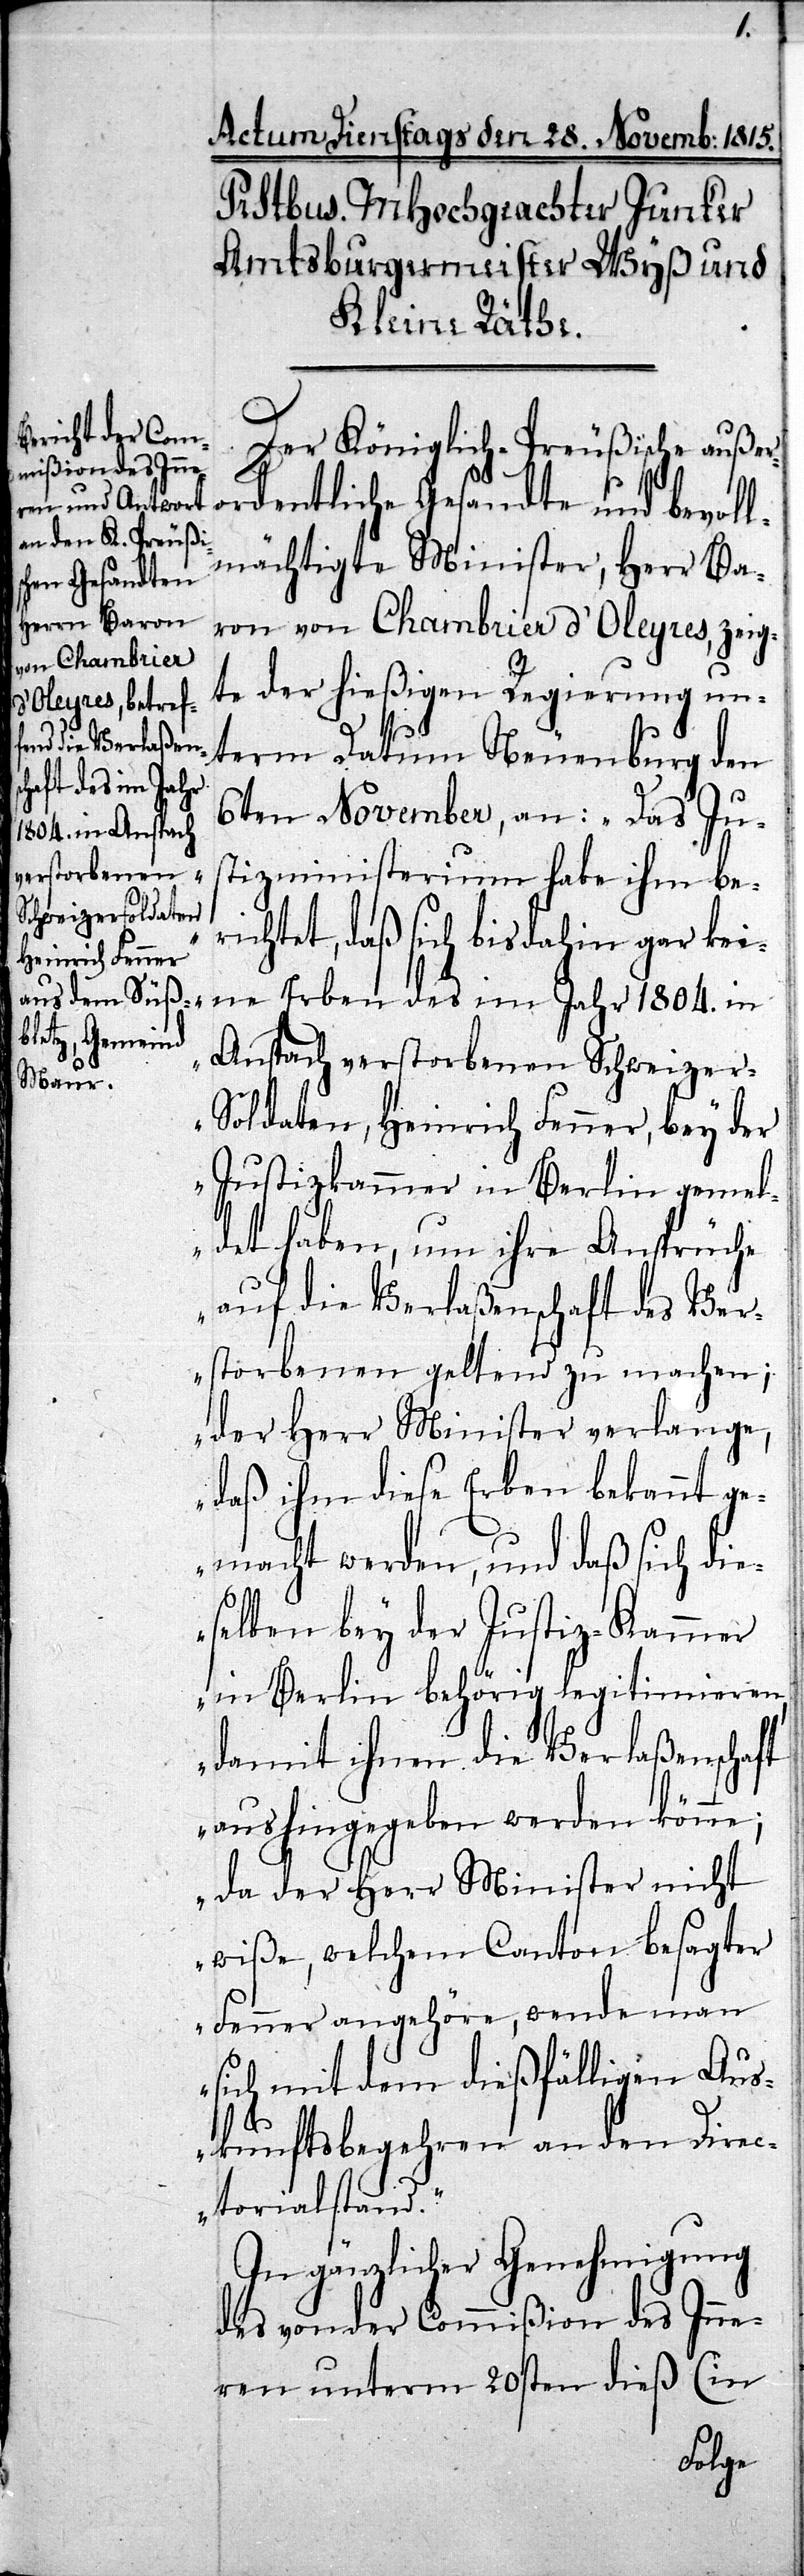
Er¬
Der Königlich-Preußische außer¬
ordentliche Gesandte und bevoll¬
mächtigte Minister, Herr Ba¬
ron von Chambrier d’Oleyres, zeig¬
te der hießigen Regierung un¬
term Datum Neuenburg den
ben des im Jahr
6ten November, an: „Das Jus¬
tizministerium habe ihm be¬
richtet, daß sich bis dahin gar kei¬
Anspach verstorbenen Schweize¬
r-Soldaten, Heinrich Fenner, bey der
ne
Justizkammer in Berlin gemel¬
det haben, um ihre Ansprüche
auf die Verlaßenschaft des Ver¬
storbenen geltend zu machen;
der Herr Minister verlange,
daß ihm diese Erben bekannt g¬
emacht werden, und daß sich die¬
selben bey der Justiz-Kammer
in Berlin behörig legitimieren,
damit ihnen die Verlaßenschaft
aushingegeben werden könne;
da der Herr Minister nicht
wiße, welchem Canton besagter
Fenner angehöre, wende man
sich mit dem dießfälligen Aus¬
kunftsbegehren an den Direc¬
torialstand.“
In gänzlicher Genehmigung
des von der Commißion des Inne¬
ren unterm 20sten dieß (in